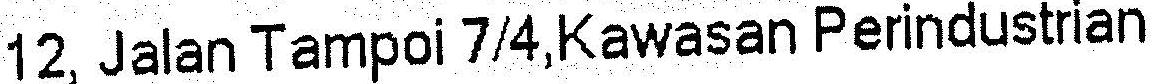
12, JALAN TAMPOI 7/4,KAWASAN PERINDUSTRIAN